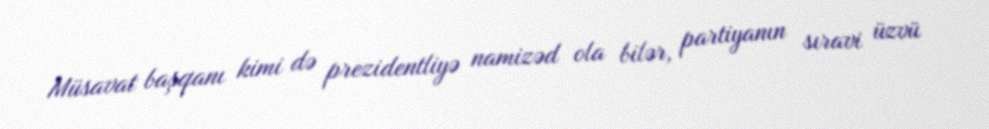
Müsavat başqanı kimi də prezidentliyə namizəd ola bilər, partiyanın sıravi üzvü